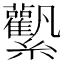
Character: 𧆉